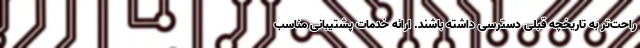
راحت‌تر به تاریخچه قبلی دسترسی داشته باشند. ارائه خدمات پشتیبانی مناسب